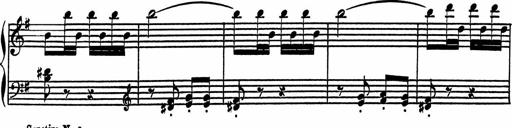
Title: 4 Piano Sonatinas
Composer: Adam Geibel